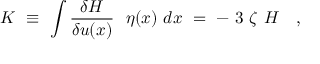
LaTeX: K \ \equiv \ \int \frac { \delta H } { \delta u ( x ) } \ \ \eta ( x ) \ d x \ = \ - \ 3 \ \zeta \ H \ \ \ ,